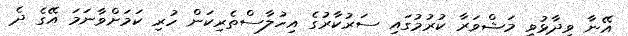
އޭނާ ވިދާޅުވީ މަޝްވަރާ ކުރުމުގައި ސަރުކާރުގެ އިހުލާސްތެރިކަން ހުރި ކަމަށްވާނަމަ އޭގެ ދެ